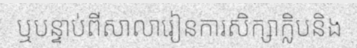
ឬបន្ទាប់ពីសាលារៀនការសិក្សាក្លិបនិង